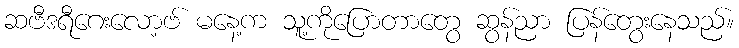
ဆဗီဒရီဂေးလော့ဗ် မနေ့က သူ့ကိုပြောတာတွေ ဆွန်ညာ ပြန်တွေးနေသည်။